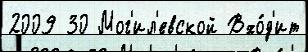
2009 30 Мог'ил'евской Вхо́д'ит